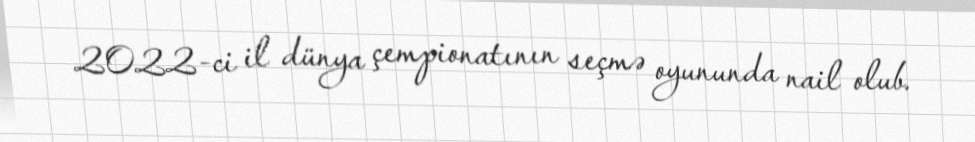
2022-ci il dünya çempionatının seçmə oyununda nail olub.